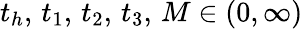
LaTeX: t_{h},\, t_{1},\, t_{2},\, t_{3},\, M\in(0,\infty)